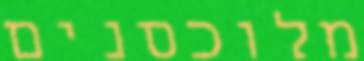
מלוכסנים